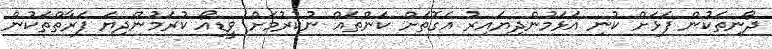
ދޯނިތަކުން ފަޅަށް ކުނި އަޅަމުންދިޔައިރު އެގޮތަށް ކަންތައް ނުކުރުމަށް ވީޑިއޯ ކުރަމުންދިޔަ ފަރާތްތަކުން